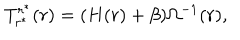
T _ { r ^ { \ast } } ^ { r ^ { \ast } } ( r ) = ( H ( r ) + \beta ) \Omega ^ { - 1 } ( r ) ,